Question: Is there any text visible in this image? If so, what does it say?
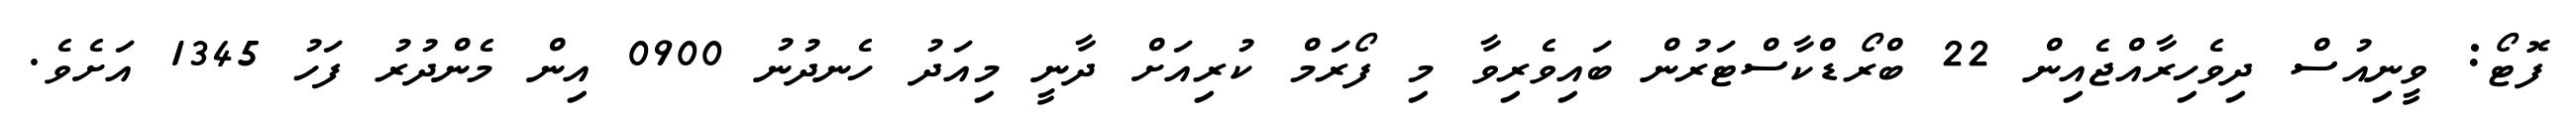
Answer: ފޮޓޯ: ވީނިއުސް ދިވެހިރާއްޖެއިން 22 ބްރޯޑްކާސްޓަރުން ބައިވެރިވާ މި ފޯރަމް ކުރިއަށް ދާނީ މިއަދު ހެނދުނު 0900 އިން މެންދުރު ފަހު 1345 އަށެވެ.